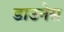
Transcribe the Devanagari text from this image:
डाउनेस